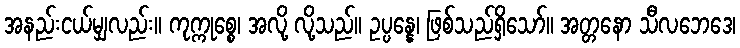
အနည်းငယ်မျှလည်း။ ကုက္ကုစ္စေ၊ အလို့ လို့သည်။ ဥပ္ပန္နေ၊ ဖြစ်သည်ရှိသော်။ အတ္တနော သီလဘေဒေ၊